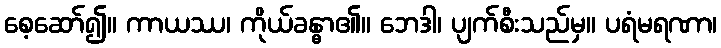
စေ့ဆော်၍။ ကာယဿ၊ ကိုယ်ခန္ဓာ၏။ ဘေဒါ၊ ပျက်စီးသည်မှ။ ပရံမရဏာ၊